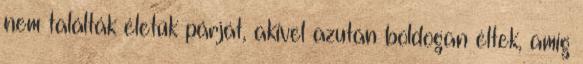
nem találták életük párját, akivel azután boldogan éltek, amíg